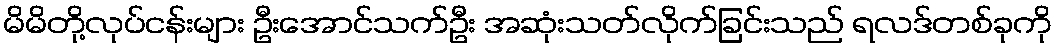
မိမိတို့လုပ်ငန်းများ ဦးအောင်သက်ဦး အဆုံးသတ်လိုက်ခြင်းသည် ရလဒ်တစ်ခုကို